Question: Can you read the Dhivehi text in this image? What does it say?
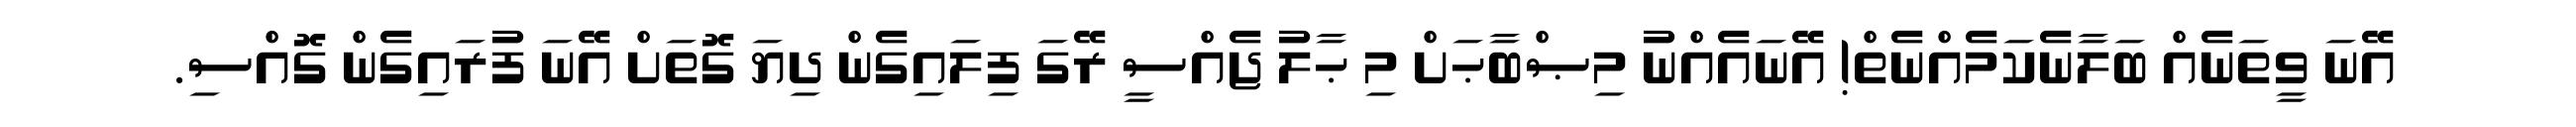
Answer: އޭނަ ވީތަނެއް ބަލާނެކަމެއްނެތް! އޭނައެއްނު މިޞްބާޙަށް މި ޙާލު ޖެއްސީ ރޭގަ ފިލައިގެން ދިޔަ ގޮތަށް އޭނަ ފުރައިގެން ގޮއްސި.